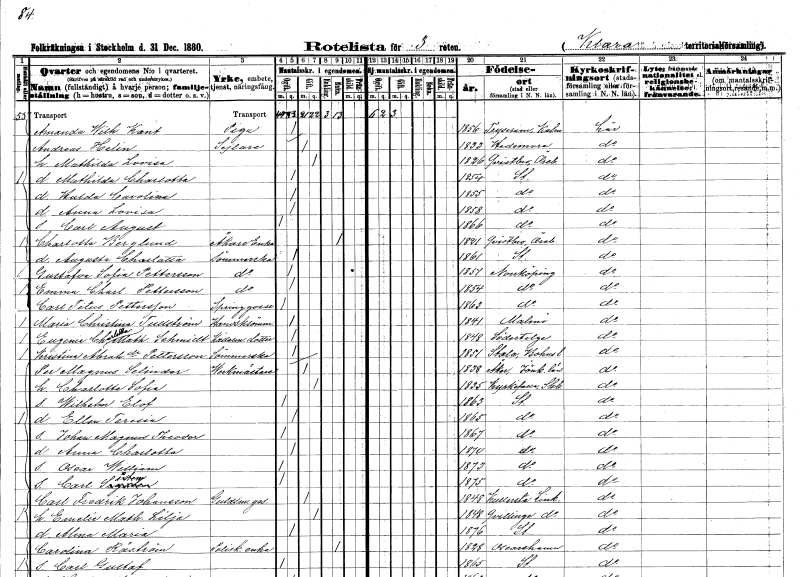
gt_parse: households: individuals: FN: Amanda Wilhelmina
EN: Kant
YRKE: Piga
KON: K
CIV: O
FODAR: 1856
FODFORS: Tryserum Östergötlands län
FN: Andreas
EN: Helin
YRKE: Sejlare
KON: M
CIV: G
FODAR: 1833
FODFORS: Hedemora Kopparbergs län
FN: Mathilda Lovisa
KON: K
CIV: G
FODAR: 1826
FODFORS: Kvistbro Örebro län
FN: Mathilda Charlotta
KON: K
CIV: O
FODAR: 1854
FODFORS: Stockholm
FN: Hulda Carolina
KON: K
CIV: O
FODAR: 1855
FODFORS: Stockholm
FN: Anna Lovisa
KON: K
CIV: O
FODAR: 1858
FODFORS: Stockholm
FN: Carl August
KON: M
CIV: O
FODAR: 1866
FODFORS: Stockholm
FN: Charlotta
EN: Berglund
YRKE: Åkareänka
KON: K
CIV: E
FODAR: 1821
FODFORS: Kvistbro Örebro län
FN: Augusta Charlotta
YRKE: Sömmerska
KON: K
CIV: O
FODAR: 1861
FODFORS: Stockholm
FN: Gustafva Sofia
EN: Pettersson
YRKE: Sömmerska
KON: K
CIV: O
FODAR: 1851
FODFORS: Norrköping Östergötlands län
FN: Emma Charlotta
EN: Pettersson
YRKE: Sömmerska
KON: K
CIV: O
FODAR: 1854
FODFORS: Norrköping Östergötlands län
FN: Carl Titus
EN: Pettersson
YRKE: Springpojke
KON: M
CIV: O
FODAR: 1863
FODFORS: Norrköping Östergötlands län
FN: Maria Christina
EN: Tullström
YRKE: Handsksömmerska
KON: K
CIV: O
FODAR: 1841
FODFORS: Malmö Malmöhus län
FN: Eugenia Charlotta Mathilda
EN: Schmidt
YRKE: Källarmästaredotter
KON: K
CIV: O
FODAR: 1848
FODFORS: Södertälje Stockholms län
FN: Kristina
EN: Abrahamsdotter Pettersson
YRKE: Sömmerska
KON: K
CIV: O
FODAR: 1851
FODFORS: Stala Göteborgs- och Bohuslän
FN: Per Magnus
EN: Selinder
YRKE: Verkmästare
KON: M
CIV: G
FODAR: 1838
FODFORS: Åker Jönköpings län
FN: Charlotta Sofia
KON: K
CIV: G
FODAR: 1835
FODFORS: Kyrkefalla Skaraborgs län
FN: Wilhelm Elof
KON: M
CIV: O
FODAR: 1863
FODFORS: Stockholm
FN: Ellen Teresia
KON: K
CIV: O
FODAR: 1865
FODFORS: Stockholm
FN: Johan Magnus Theodor
KON: M
CIV: O
FODAR: 1867
FODFORS: Stockholm
FN: Anna Charlotta
KON: K
CIV: O
FODAR: 1870
FODFORS: Stockholm
FN: Oscar William
KON: M
CIV: O
FODAR: 1873
FODFORS: Stockholm
FN: Carl Sixten
KON: M
CIV: O
FODAR: 1875
FODFORS: Stockholm
FN: Carl Fredrik
EN: Johansson
YRKE: Guldsmedsgesäll
KON: M
CIV: G
FODAR: 1848
FODFORS: Kullerstad Östergötlands län
FN: Emelie Mathilda
EN: Lilja
KON: K
CIV: G
FODAR: 1848
FODFORS: Kvillinge Östergötlands län
FN: Alma Maria
KON: K
CIV: O
FODAR: 1876
FODFORS: Stockholm
FN: Carolina
EN: Råström
YRKE: Polisk.änka
KON: K
CIV: E
FODAR: 1828
FODFORS: Oskarshamn Kalmar län
FN: Carl Gustaf
KON: M
CIV: O
FODAR: 1865
FODFORS: Stockholm